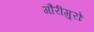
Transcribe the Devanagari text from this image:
गौरीगुरोः